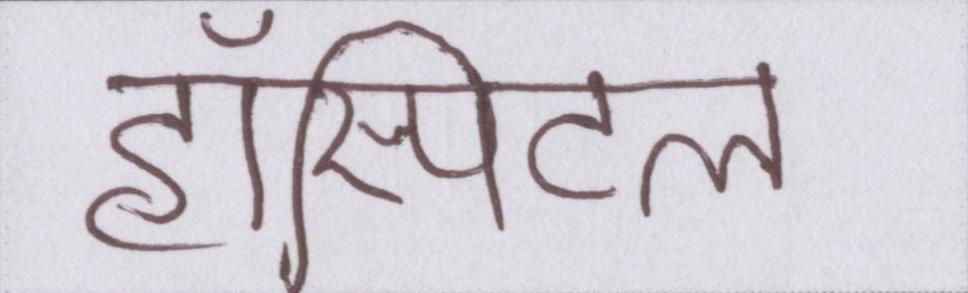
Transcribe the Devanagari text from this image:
हॉस्पिटल